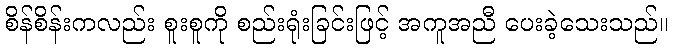
စိန်စိန်းကလည်း စူးစူကို စည်းရုံးခြင်းဖြင့် အကူအညီ ပေးခဲ့သေးသည်။